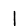
Digit: 1